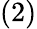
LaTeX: \left(2\right)